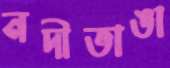
নদীভাঙা